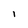
Character: I